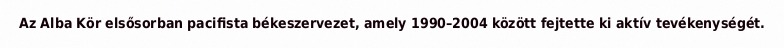
Az Alba Kör elsősorban pacifista békeszervezet, amely 1990–2004 között fejtette ki aktív tevékenységét.